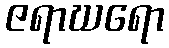
ဇရာဃရော